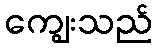
ကျွေးသည်